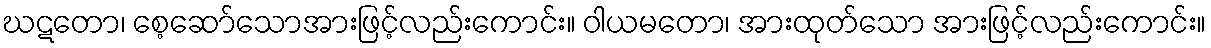
ဃဋတော၊ စေ့ဆော်သောအားဖြင့်လည်းကောင်း။ ဝါယမတော၊ အားထုတ်သော အားဖြင့်လည်းကောင်း။